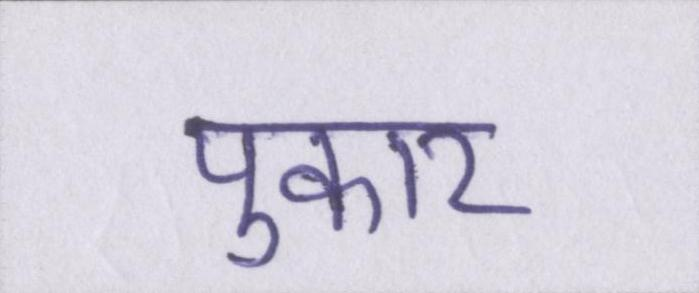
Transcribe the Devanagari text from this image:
पुकार